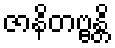
ဇာနိတဗ္ဗန္တိ